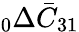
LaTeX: \phantom{}_{0}\Delta\bar{C}_{31}